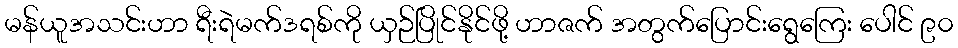
မန်ယူအသင်းဟာ ရီးရဲမက်ဒရစ်ကို ယှဉ်ပြိုင်နိုင်ဖို့ ဟာဇက် အတွက်ပြောင်းရွေကြေး ပေါင် ၉၀